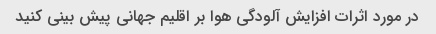
در مورد اثرات افزایش آلودگی هوا بر اقلیم جهانی پیش بینی کنید